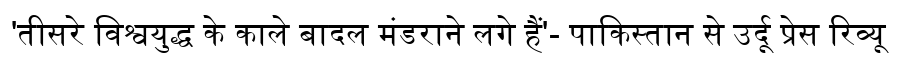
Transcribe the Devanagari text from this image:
'तीसरे विश्वयुद्ध के काले बादल मंडराने लगे हैं'- पाकिस्तान से उर्दू प्रेस रिव्यू